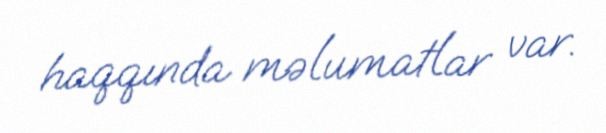
haqqında məlumatlar var.